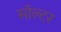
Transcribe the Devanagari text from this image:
सॉल्टर